DOW-UAP-D23, Mission Report, United Arab Emirates, October 2023
Agency: Department of War
Incident date: 10/31/23
Incident location: Persian Gulf
Page 2
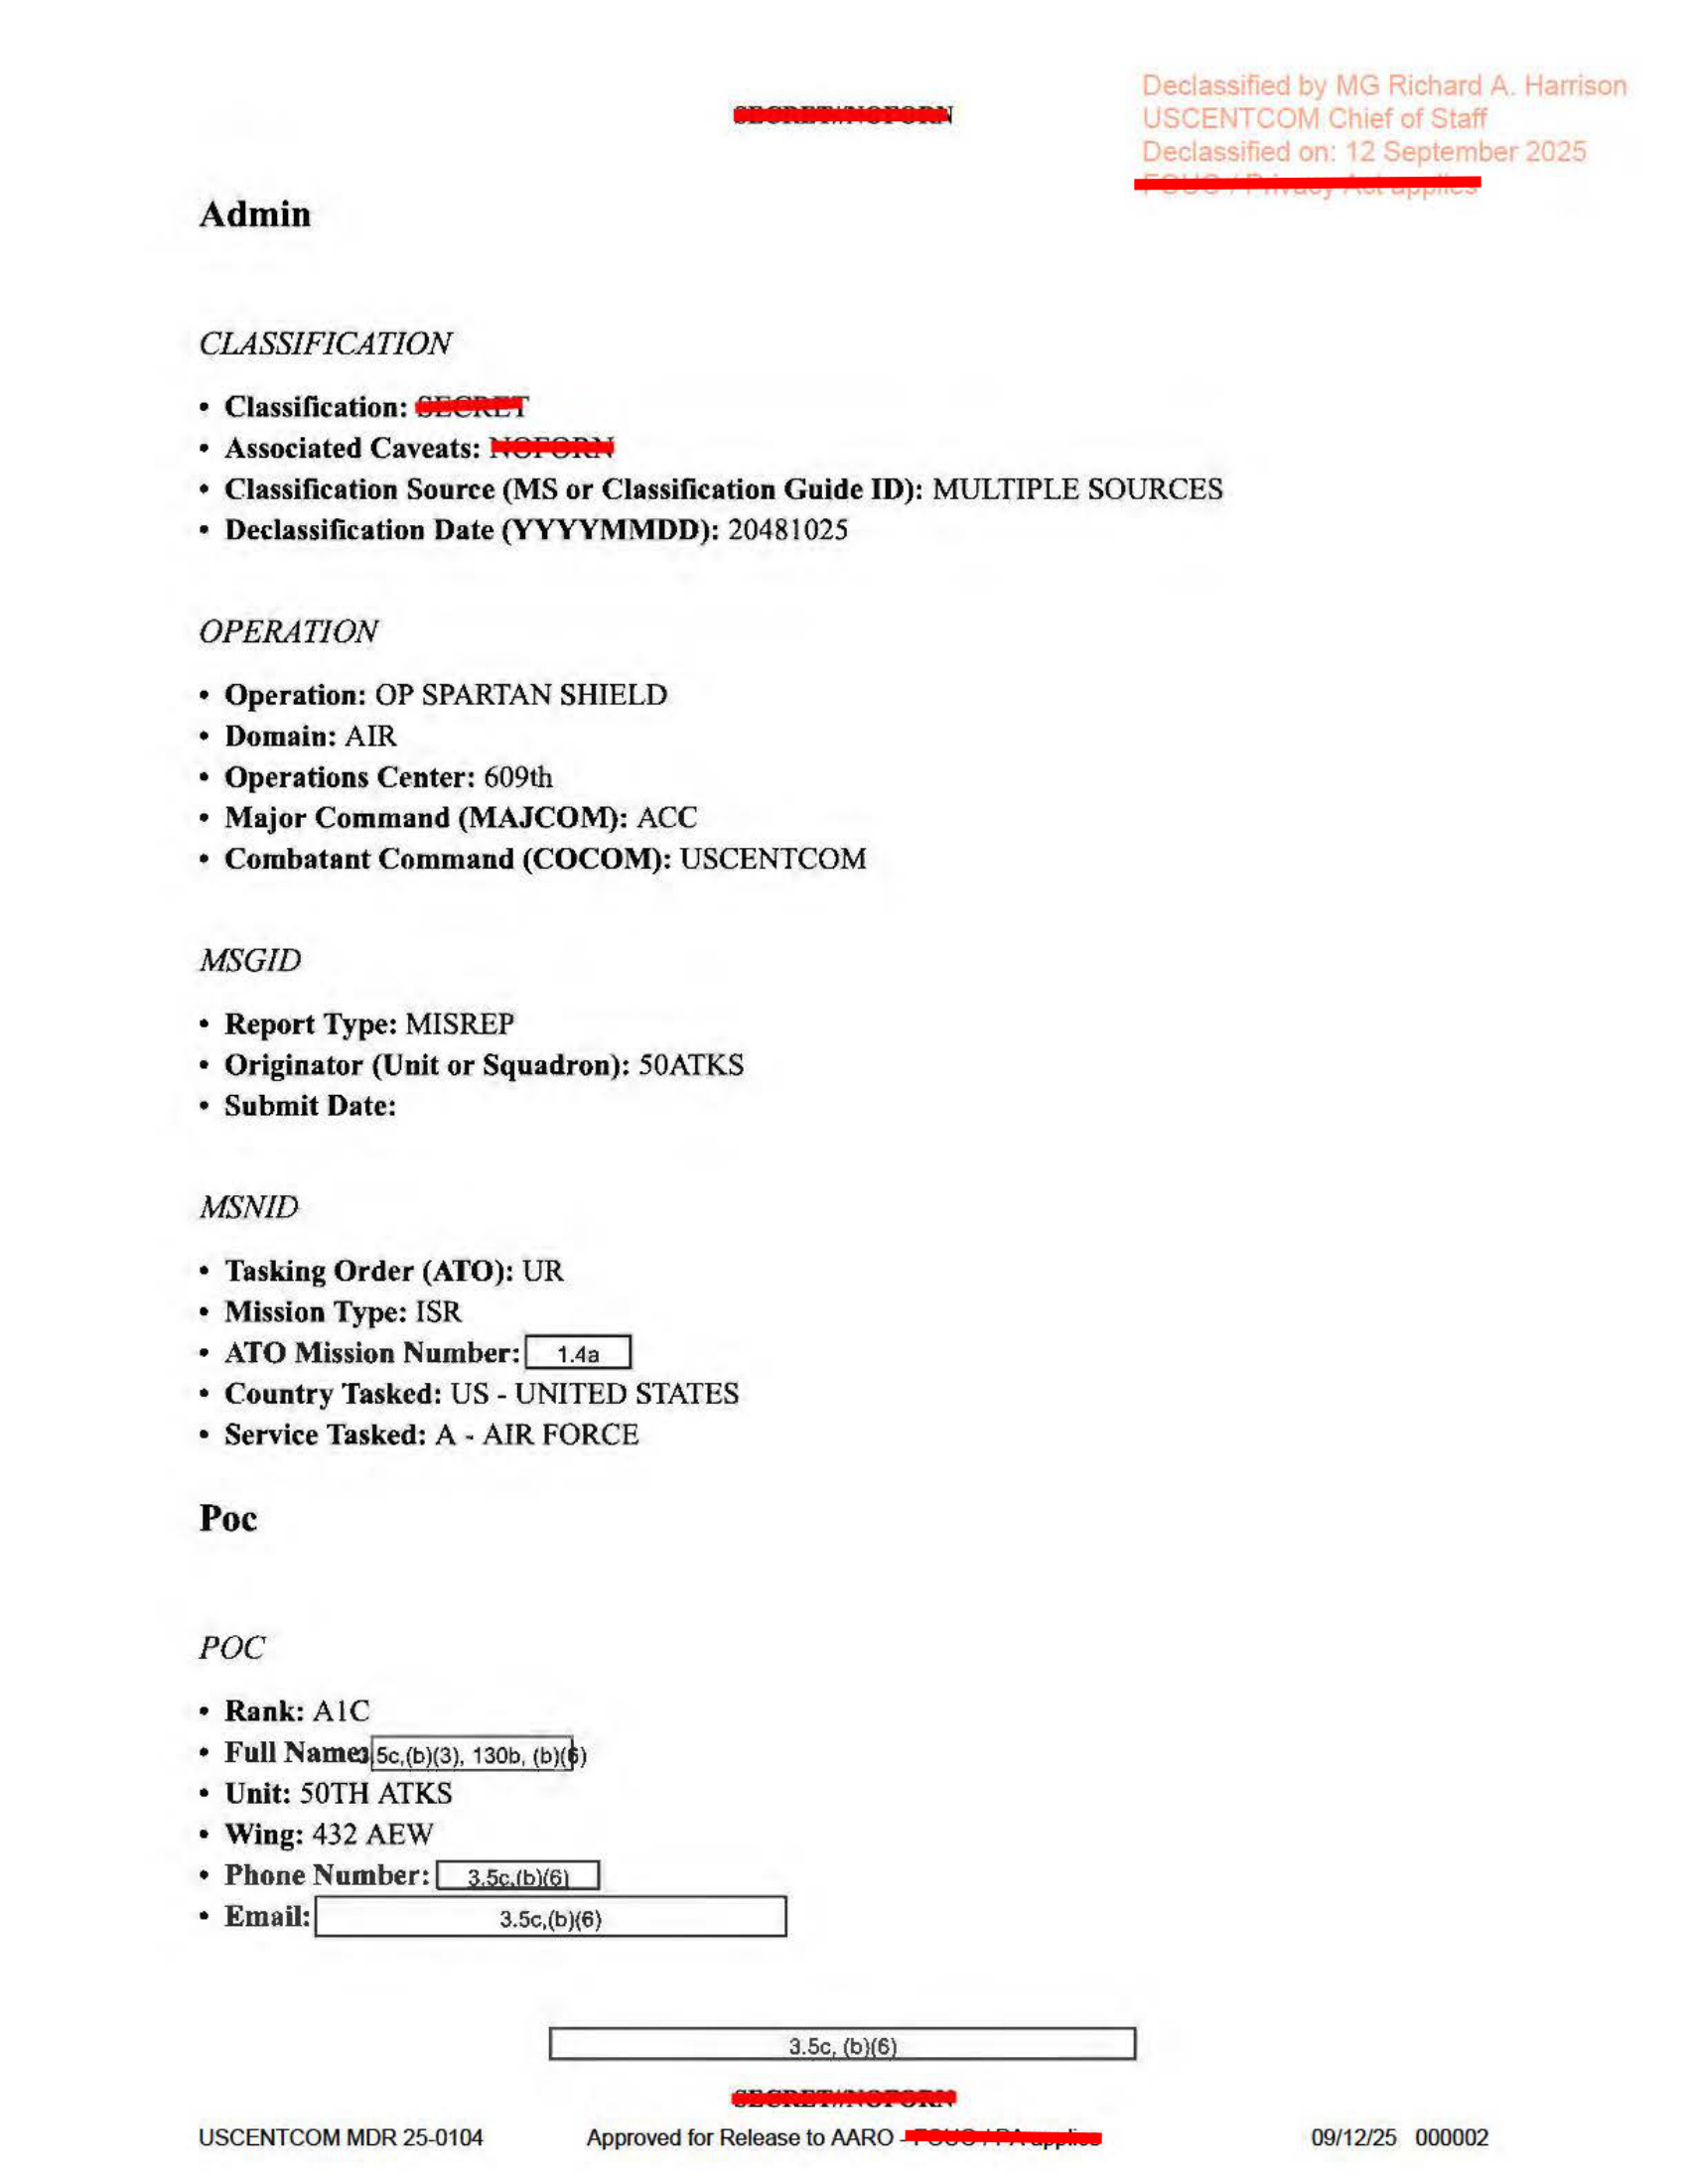